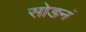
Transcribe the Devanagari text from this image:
सोडनं